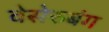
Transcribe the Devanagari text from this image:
वेसेरुबंग